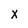
Character: X